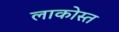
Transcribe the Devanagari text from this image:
लाकोस्त